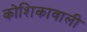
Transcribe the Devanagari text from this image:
कोशिकावाली